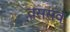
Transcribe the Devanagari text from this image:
वससव